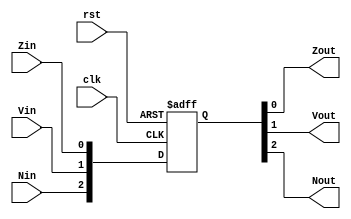
module flag_reg_3bit (Zin, Vin, Nin, rst, clk, Zout, Vout, Nout);

input Zin, Vin, Nin;
input rst, clk;

output Zout, Vout, Nout;

reg [2:0]IM_ID;

always @(posedge clk or negedge rst)
	if (!rst)
		IM_ID <= 3'b000;
	else  
		IM_ID <= {Nin, Vin, Zin};
		//IM_ID[1] <= Vin;
		//IM_ID[2] <= Nin;

assign Zout = IM_ID[0];
assign Vout = IM_ID[1];
assign Nout = IM_ID[2];

endmodule